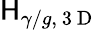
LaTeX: \mathsf{H}_{\gamma/g,\mathrm{{~3~D~}}}